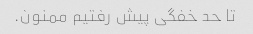
تا حد خفگی پیش رفتیم ممنون.